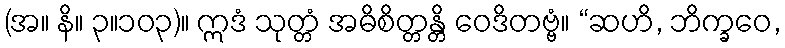
(အ။ နိ။ ၃။၁၀၃)။ ဣဒံ သုတ္တံ အဓိစိတ္တန္တိ ဝေဒိတဗ္ဗံ။ “ဆဟိ, ဘိက္ခဝေ,